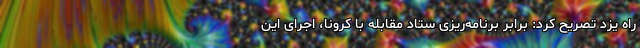
راه یزد تصریح کرد: برابر برنامه‌ریزی ستاد مقابله با کرونا، اجرای این